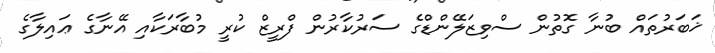
ޚަބަރުތައް ބުނާ ގޮތުން ސްވިޒަލޭންޑްގެ ސަރުކާރުން ފްރީޒް ކުރީ މުބާރަކާއި އޭނާގެ ޢައިލާގެ